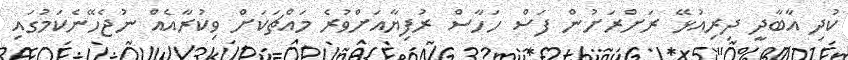
ކުދި އާބާދީ ދިރިއުޅޭ ރަށްރަށުން ފަސް ހަހާސް ރުފިޔާއަށްވުރެ މައްޗަކަށް ވިކުރާއެއް ނުޖެހޭނެކަމުގައި